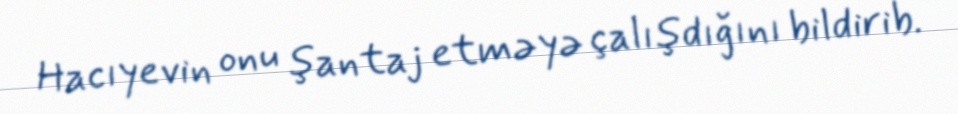
Hacıyevin onu şantaj etməyə çalışdığını bildirib.